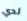
لدي